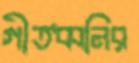
গীতধ্বনির